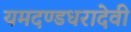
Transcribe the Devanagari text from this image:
यमदण्डधरादेवी